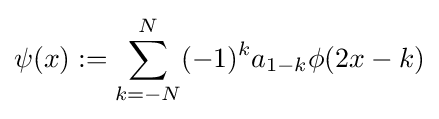
\psi (x):=\sum _{k=-N}^{N}(-1)^{k}a_{1-k}\phi (2x-k)